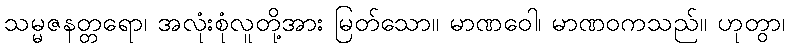
သမ္မဇနတ္တရော၊ အလုံးစုံလူတို့အား မြတ်သော။ မာဏဝေါ၊ မာဏဝကသည်။ ဟုတွာ၊